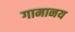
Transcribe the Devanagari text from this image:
गामानय